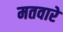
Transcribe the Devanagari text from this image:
मतवारे